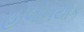
હોલોનયાક